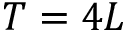
T = 4 L